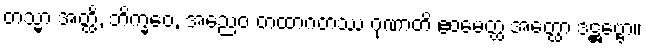
တသ္မာ အတ္ထိ, ဘိက္ခဝေ, အညေဝ တထာဂတဿ ဂုဏာတိ ဧဝမေတ္ထ အတ္ထော ဒဋ္ဌဗ္ဗော။